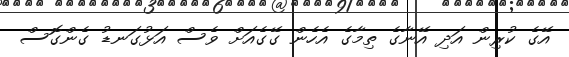
އޭގެ ކުރިން އަދި އޭނާގެ ތިމާގެ އެހެން ގޭގެއަށް ވެސް އަޅުގަނޑު ގެންގޮސް